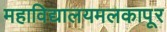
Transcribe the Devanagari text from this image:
महाविद्यालयमलकापूर